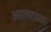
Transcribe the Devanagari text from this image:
भवानरावांचा